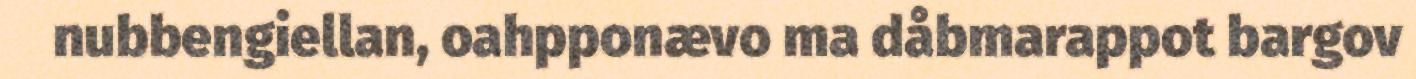
nubbengiellan, oahpponævo ma dåbmarappot bargov